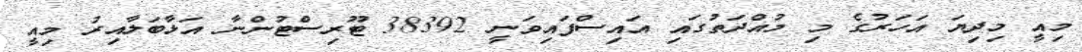
މިއީ މިދިޔަ އަހަރުގެ މި މުއްދަތުގައި އައިސްފައިވަނީ 38392 ޓޫރިސްޓުންނާ އަޅާބަލާއިރު މިއީ